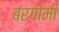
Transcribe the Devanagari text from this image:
बरगोमी